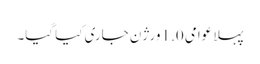
پہلا عوامی 1.0 ورژن جاری کیا گیا۔